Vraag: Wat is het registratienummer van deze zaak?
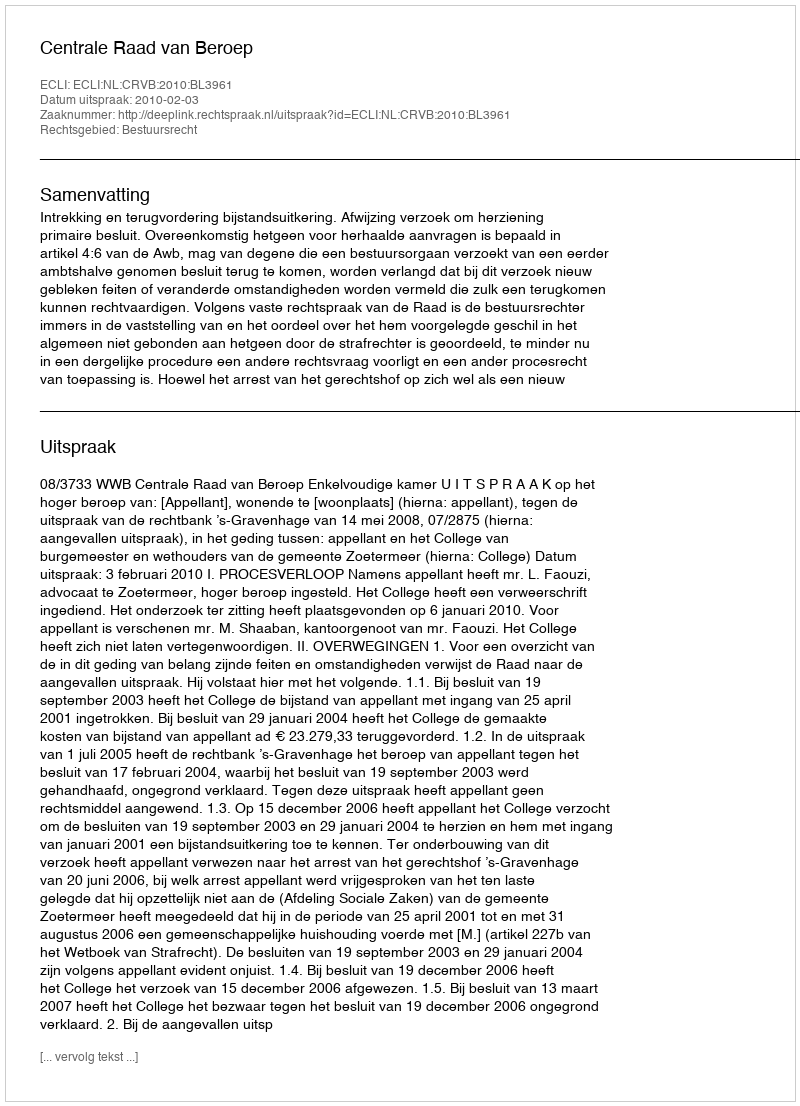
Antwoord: http://deeplink.rechtspraak.nl/uitspraak?id=ECLI:NL:CRVB:2010:BL3961